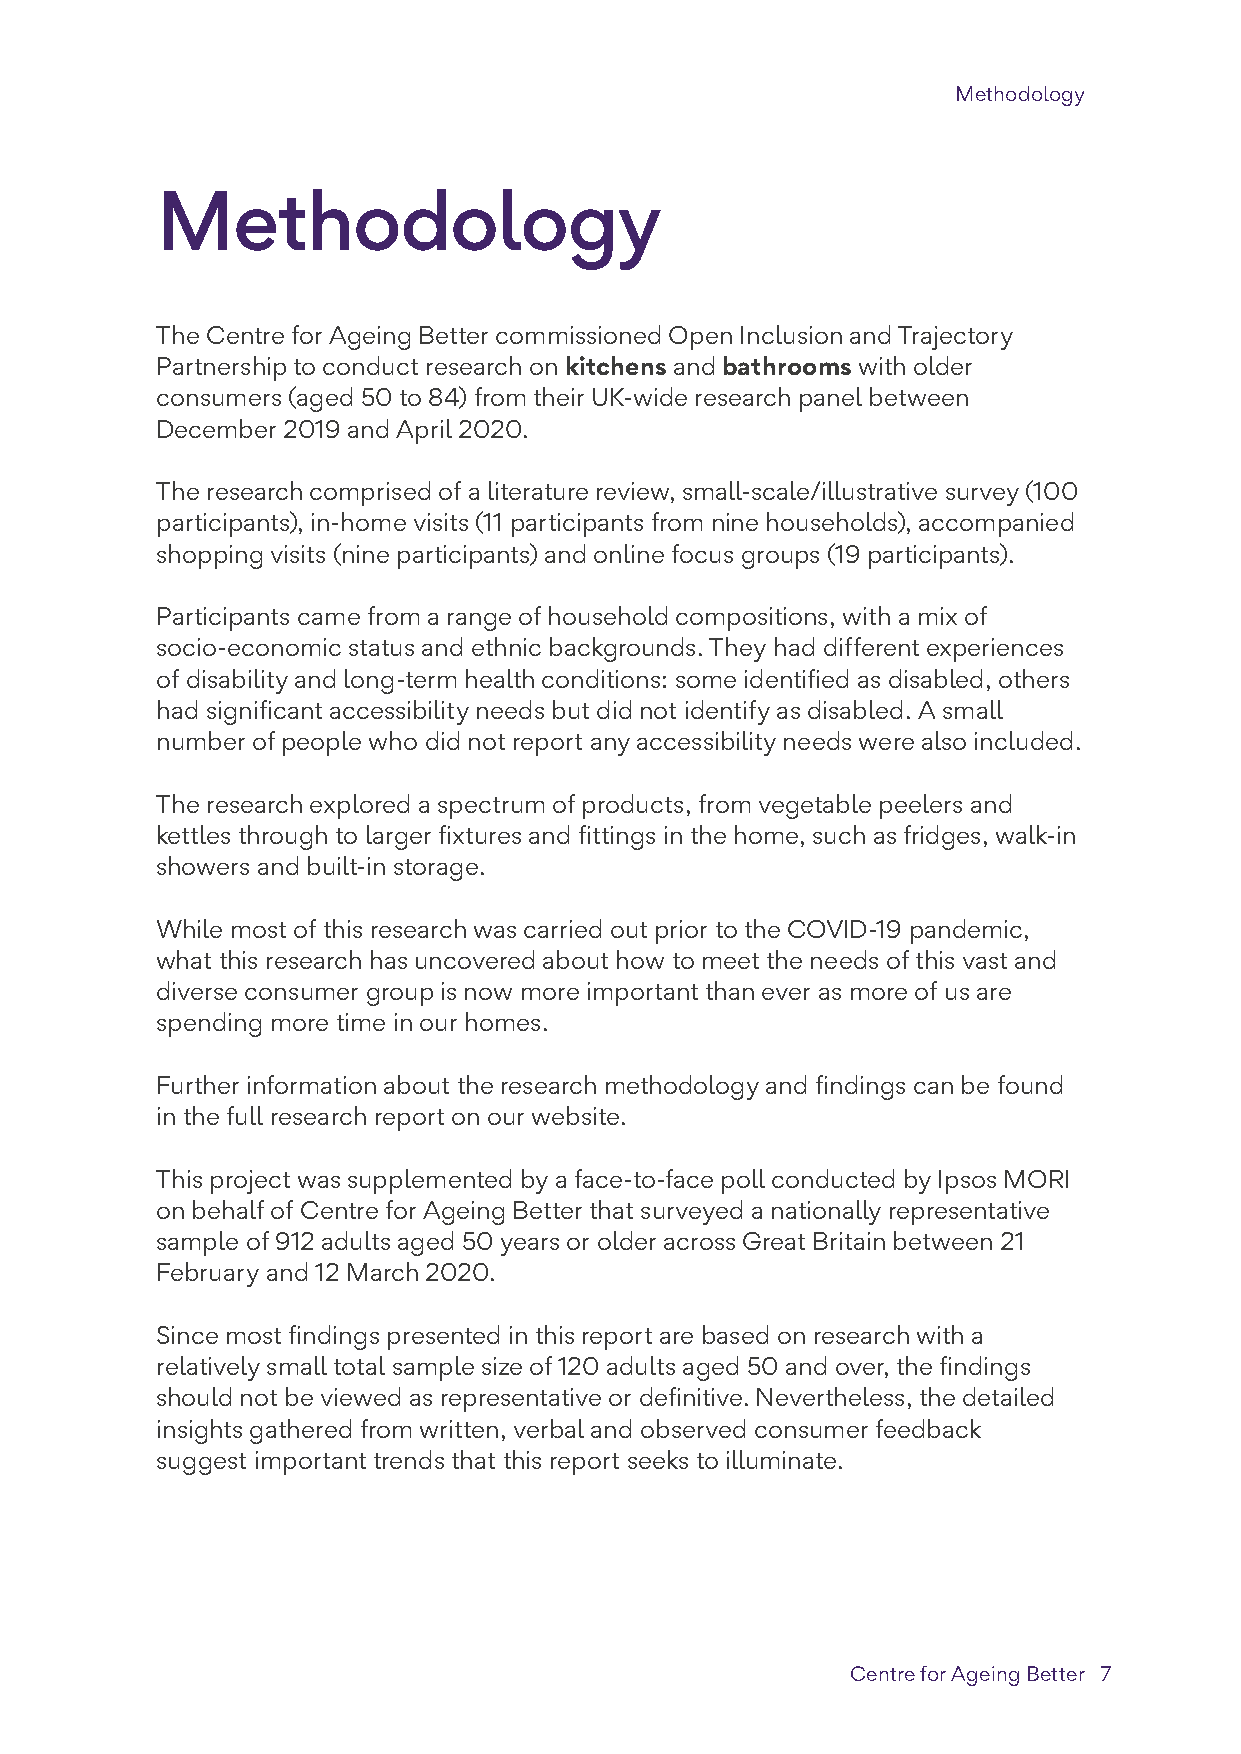
Methodology
 Methodology
 The Centre for Ageing Better commissioned Open Inclusion and Trajectory
 Partnership to conduct research on kitchens and bathrooms with older
 consumers (aged 50 to 84) from their UK-wide research panel between
 December 2019 and April 2020.
 The research comprised of a literature review, small-scale/illustrative survey (100
 participants), in-home visits (11 participants from nine households), accompanied
 shopping visits (nine participants) and online focus groups (19 participants).
 Participants came from a range of household compositions, with a mix of
 socio-economic status and ethnic backgrounds. They had different experiences
 of disability and long-term health conditions: some identified as disabled, others
 had significant accessibility needs but did not identify as disabled. A small
 number of people who did not report any accessibility needs were also included.
 The research explored a spectrum of products, from vegetable peelers and
 kettles through to larger fixtures and fittings in the home, such as fridges, walk-in
 showers and built-in storage.
 While most of this research was carried out prior to the COVID-19 pandemic,
 what this research has uncovered about how to meet the needs of this vast and
 diverse consumer group is now more important than ever as more of us are
 spending more time in our homes.
 Further information about the research methodology and findings can be found
 in the full research report on our website.
 This project was supplemented by a face-to-face poll conducted by Ipsos MORI
 on behalf of Centre for Ageing Better that surveyed a nationally representative
 sample of 912 adults aged 50 years or older across Great Britain between 21
 February and 12 March 2020.
 Since most findings presented in this report are based on research with a
 relatively small total sample size of 120 adults aged 50 and over, the findings
 should not be viewed as representative or definitive. Nevertheless, the detailed
 insights gathered from written, verbal and observed consumer feedback
 suggest important trends that this report seeks to illuminate.
 The missing market                                      Centre for Ageing Better 7